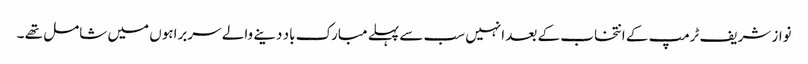
نواز شریف ٹرمپ کے انتخاب کے بعد انہیں سب سے پہلے مبارک باد دینے والے سربراہوں میں شامل تھے ۔